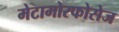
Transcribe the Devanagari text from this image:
मेटामोरफोसेज